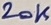
Text: 20K